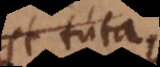
est tut